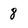
Character: 8